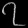
Digit: ၇